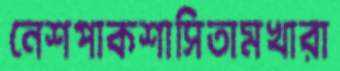
নেশপাকশাসিতামখারা